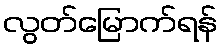
လွတ်မြောက်ရန်